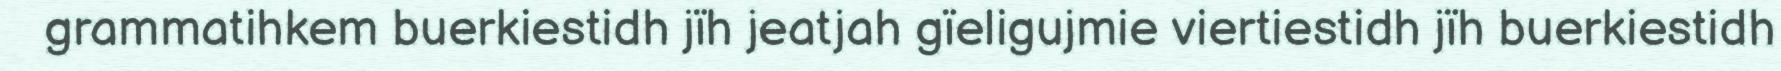
grammatihkem buerkiestidh jïh jeatjah gïeligujmie viertiestidh jïh buerkiestidh